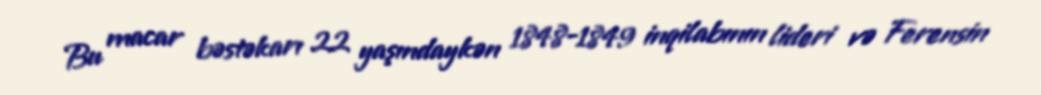
Bu macar bəstəkarı 22 yaşındaykən 1848-1849 inqilabının lideri və Ferensin